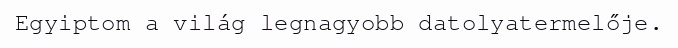
Egyiptom a világ legnagyobb datolyatermelője.